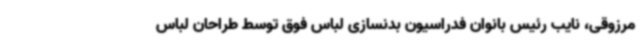
مرزوقی، نایب رئیس بانوان فدراسیون بدنسازی لباس فوق توسط طراحان لباس